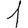
Digit: 1